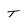
Character: T